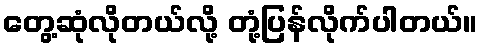
တွေ့ဆုံလိုတယ်လို့ တုံ့ပြန်လိုက်ပါတယ်။